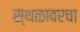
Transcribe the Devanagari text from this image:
स्थळावरचा